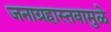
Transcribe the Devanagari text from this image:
जनाग्रहास्तवामुळे